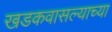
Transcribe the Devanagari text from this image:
खडकवासल्याच्या